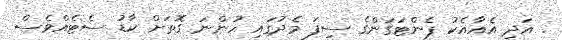
. އަދި އެއާއެކު ޕެންޓަގަންގެ ސިފަ މެދުގައި ހުންނަ ގޮތަށް ކާޑު ސެޓެއްވެސް